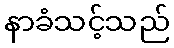
နာခံသင့်သည်